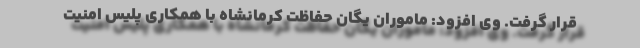
قرار گرفت. وی افزود: ماموران یگان حفاظت کرمانشاه با همکاری پلیس امنیت